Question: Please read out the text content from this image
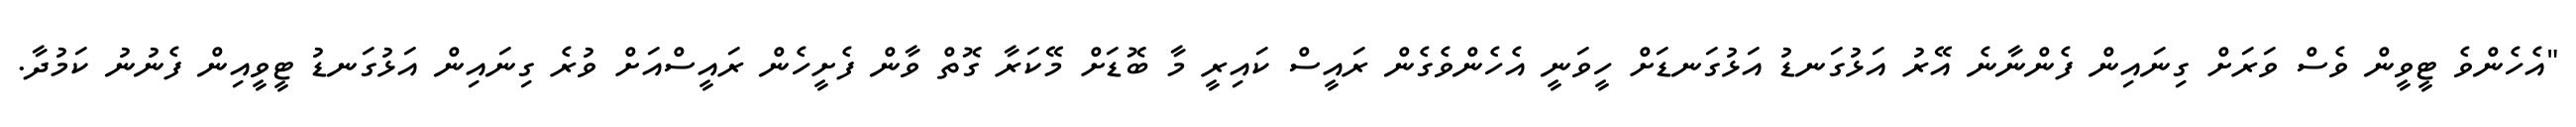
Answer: "އެހެންވެ ޓީވީން ވެސް ވަރަށް ގިނައިން ފެންނާނެ އޭރު އަޅުގަނޑު އަޅުގަނޑަށް ހީވަނީ އެހެންވެގެން ރައީސް ކައިރީ މާ ބޮޑަށް މޭކަރާ ގޮތް ވާން ފެށީހެން ރައީސްއަށް ވުރެ ގިނައިން އަޅުގަނޑު ޓީވީއިން ފެނުނު ކަމުދާ.